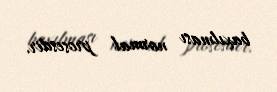
baxılması normal prosesdir.